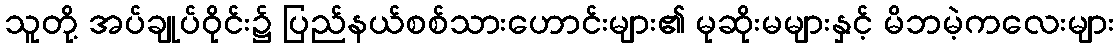
သူတို့ အပ်ချုပ်ဝိုင်း၌ ပြည်နယ်စစ်သားဟောင်းများ၏ မုဆိုးမများနှင့် မိဘမဲ့ကလေးများ